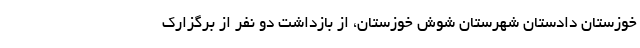
خوزستان دادستان شهرستان شوش خوزستان، از بازداشت دو نفر از برگزارک